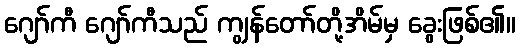
ဂျော်ကီ ဂျော်ကီသည် ကျွန်တော်တို့အိမ်မှ ခွေးဖြစ်၏။